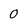
Character: 0